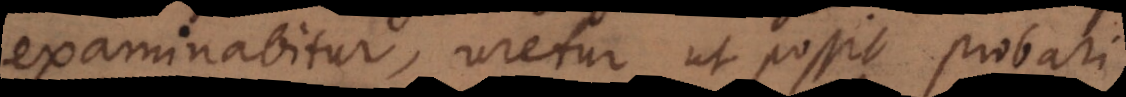
examinabitur, uretur ut possit probari.